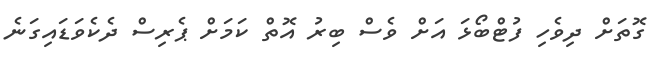
ގޮތަށް ދިވެހި ފުޓްބޯޅަ އަށް ވެސް ބިރު އޮތް ކަމަށް ޕެރިސް ދެކެވަޑައިގަނެ